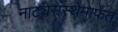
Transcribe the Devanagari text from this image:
नाट्यसंस्थेमार्फत